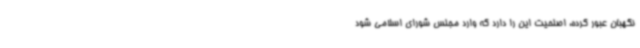
نگهبان عبور کرده، اصلحیت این را دارد که وارد مجلس شورای اسلامی شود